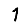
Digit: 1